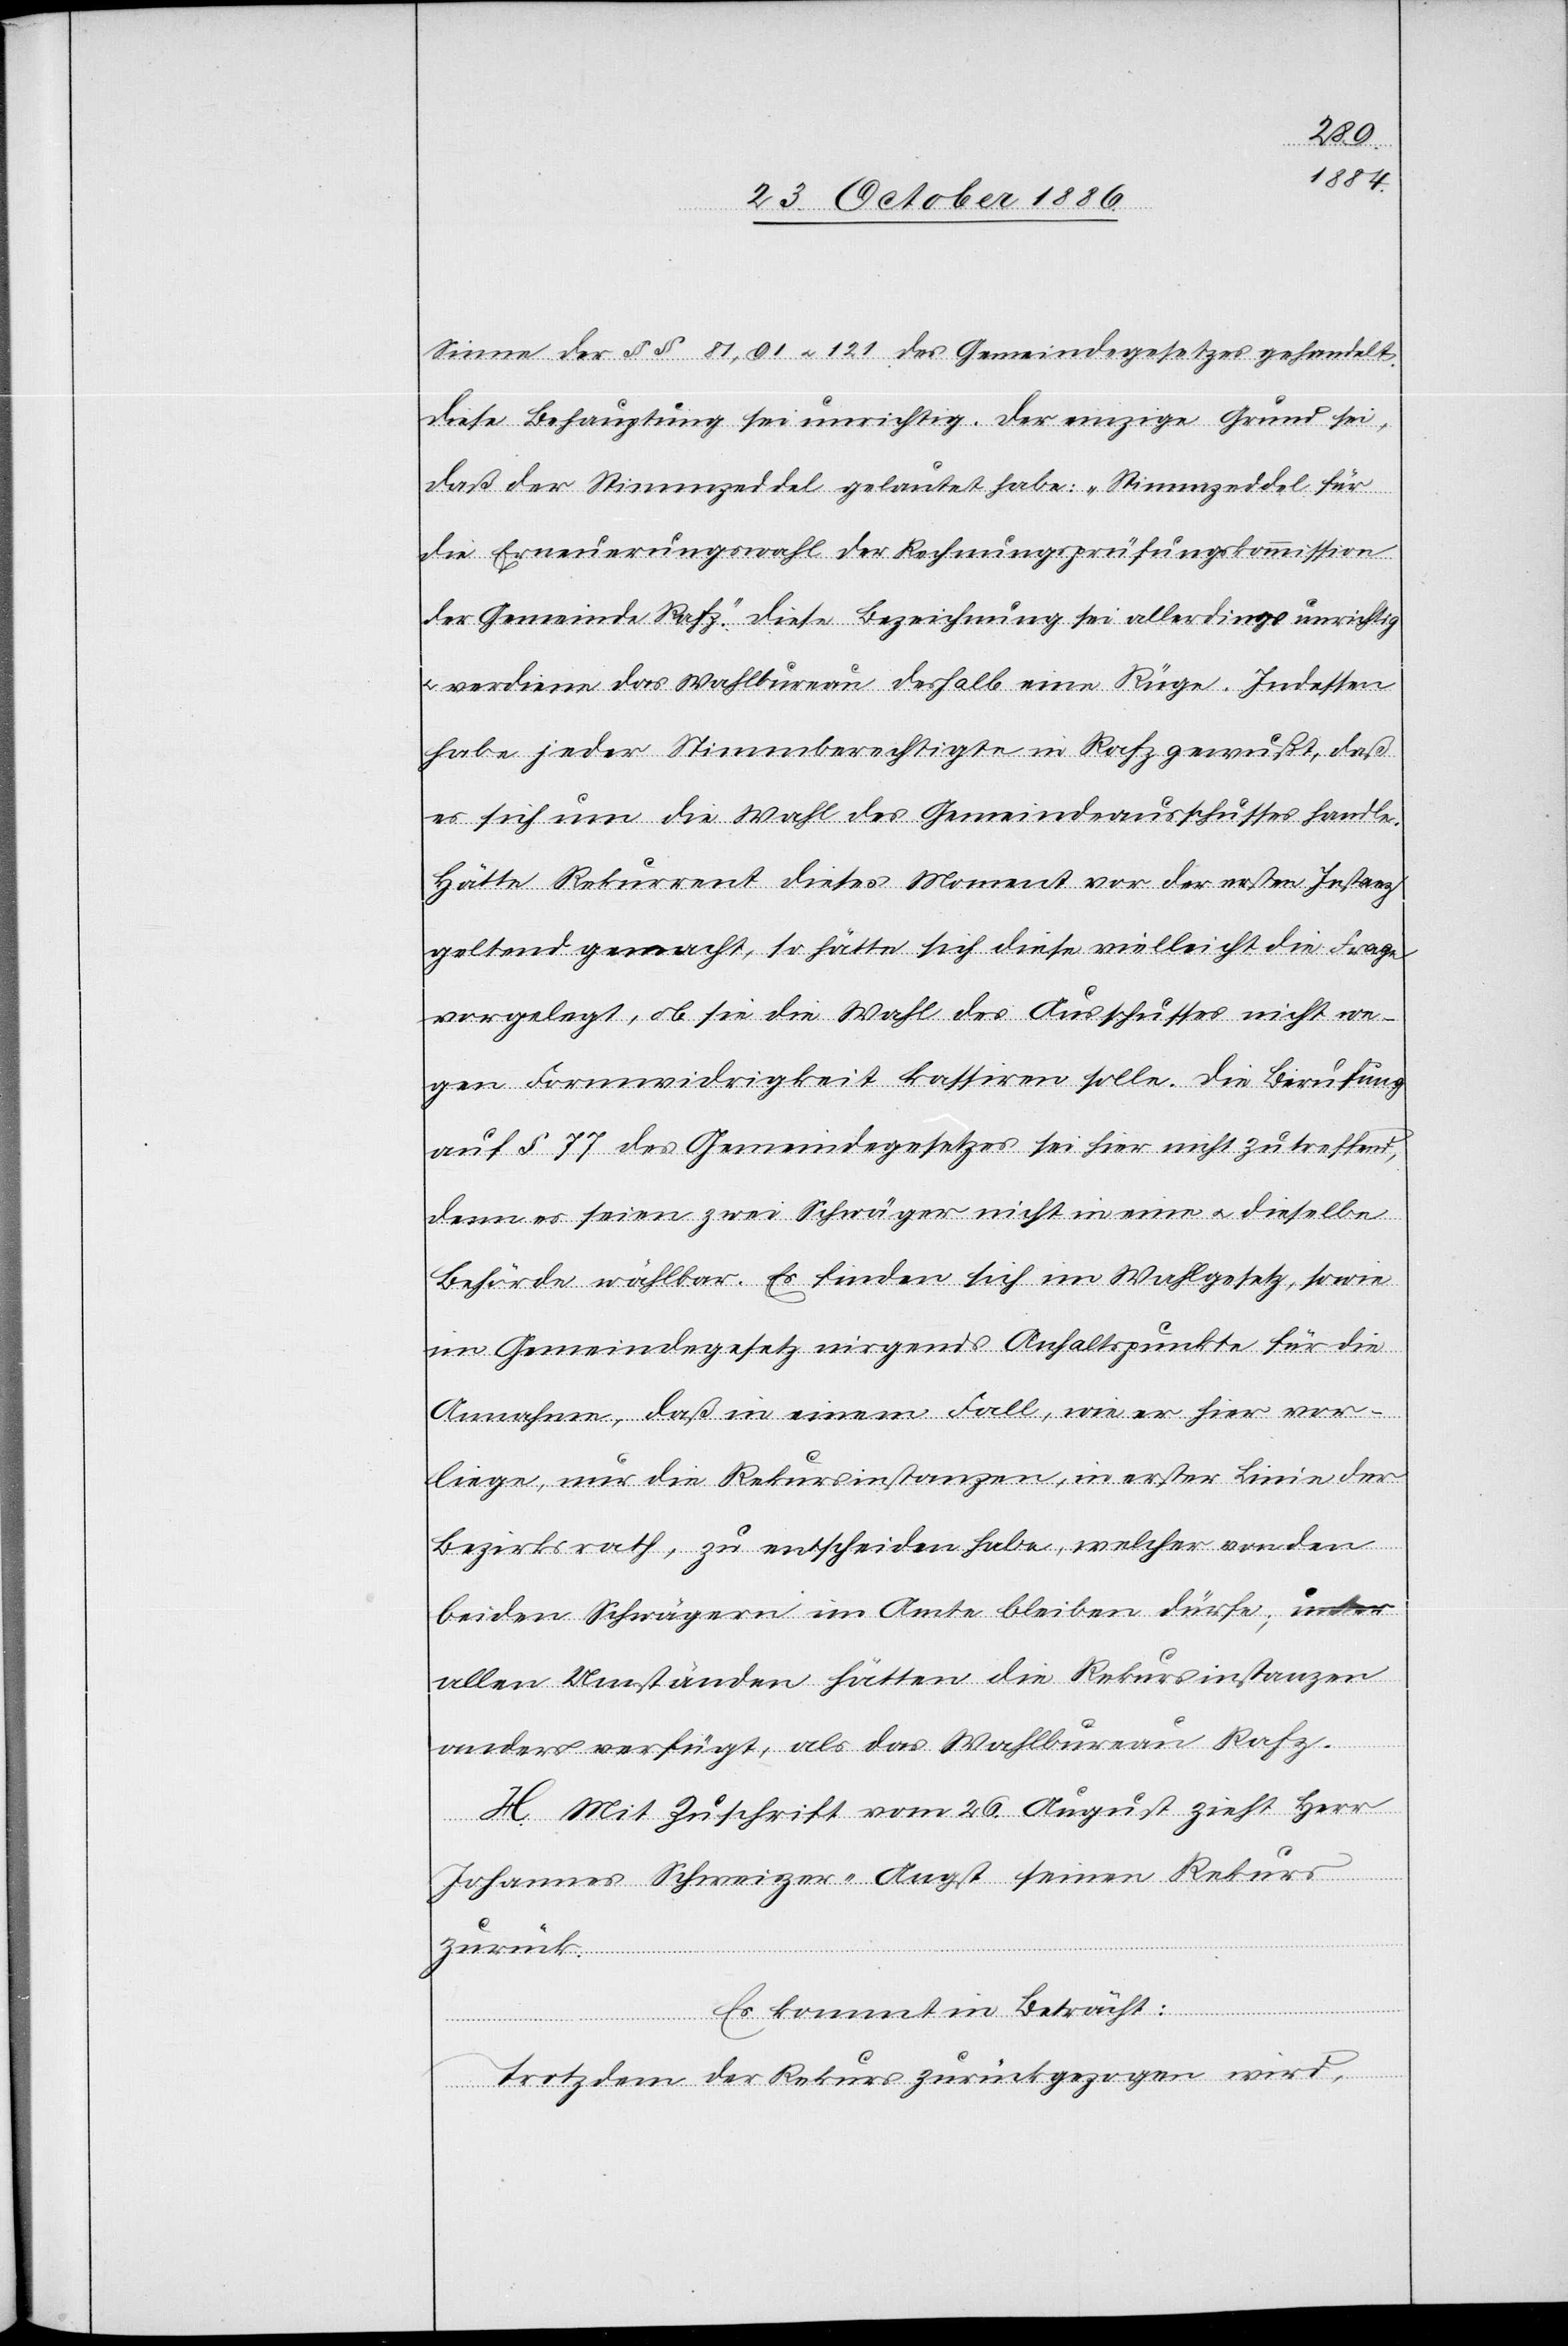
Sinne der §§ 81, 91 & 121 des Gemeindegesetzes gehandelt.
Diese Behauptung sei unrichtig. Der einzige Grund sei,
daß der Stimmzeddel gelautet habe: „Stimmzeddel für
die Erneuerungswahl der Rechnungsprüfungskommission
der Gemeinde Rafz.“ Diese Bezeichnung sei allerdings unrichtig
verdiene das Wahlbureau deshalb eine Rüge. Indessen
habe jeder Stimmberechtigte in Rafz gewußt, daß
es sich um die Wahl des Gemeindeausschusses handle.
Hätte Rekurrent dieses Moment vor der ersten Instanz
geltend gemacht, so hätte sich diese vielleicht die Frage
vorgelegt, ob sie die Wahl des Ausschusses nicht we¬
gen Formwidrigkeit kassiren solle. Die Berufung
auf § 77 des Gemeindegesetzes sei hier nicht zutreffend,
denn es seien zwei Schwäger nicht in eine & dieselbe
Behörde wählbar. Es finden sich im Wahlgesetz, sowie
im Gemeindegesetz nirgends Anhaltspunkte für die
Annahme, daß in einem Fall, wie er hier vor¬
liege, nur die Rekursinstanzen, in erster Linie der
Bezirksrath, zu entscheiden habe, welcher von den
beiden Schwägern im Amte bleiben dürfe; unter
allen Umständen hätten die Rekursinstanzen
anders verfügt, als das Wahlbureau Rafz.
H. Mit Zuschrift vom 26. August zieht Herr
Johannes Schweizer-Angst seinen Rekurs
zurück.
Es kommt in Betracht:
Trotzdem der Rekurs zurückgezogen wird,